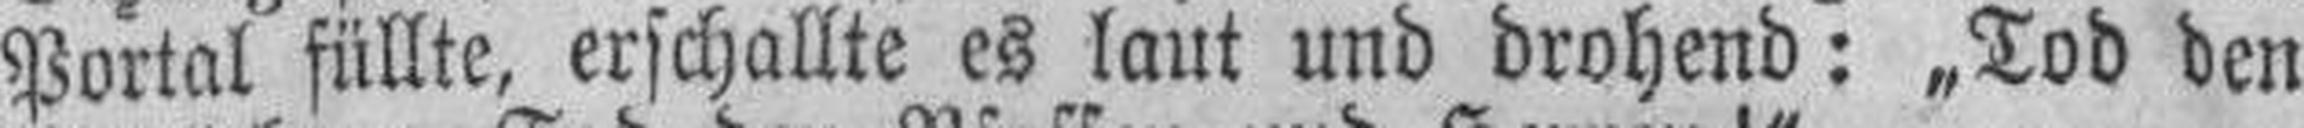
Portal füllte, erschallte es laut und drohend: „Tod den